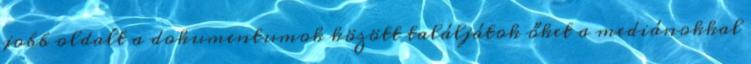
jobb oldalt a dokumentumok között találjátok őket a mediánokkal